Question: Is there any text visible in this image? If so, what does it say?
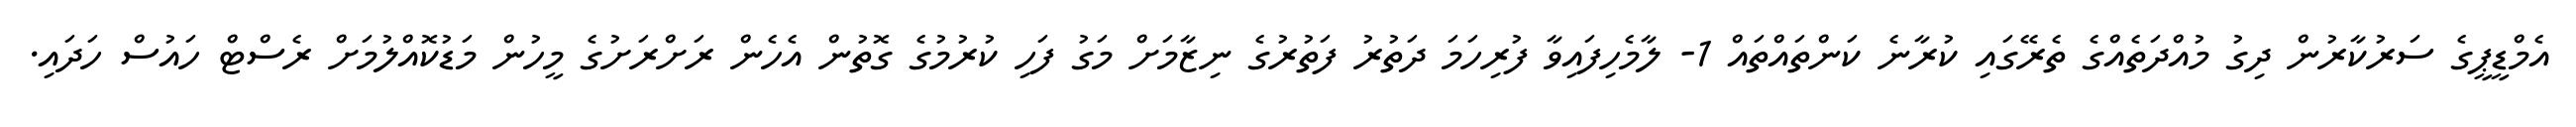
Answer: އެމްޑީޕީގެ ސަރުކާރުން ދިގު މުއްދަތެއްގެ ތެރޭގައި ކުރާނެ ކަންތައްތައް 1- ލާމެހިފައިވާ ފުރިހަމަ ދަތުރު ފަތުރުގެ ނިޒާމަށް މަގު ފަހި ކުރުމުގެ ގޮތުން އެހެން ރަށްރަށުގެ މީހުން މަޑުކޮއްލުމަށް ރެސްޓް ހައުސް ހަދައި.